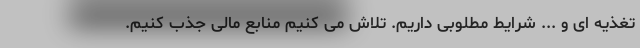
تغذیه ای و ... شرایط مطلوبی داریم. تلاش می کنیم منابع مالی جذب کنیم.